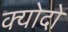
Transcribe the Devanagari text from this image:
क्योदो